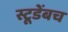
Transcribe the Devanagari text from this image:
स्टूडेंबच